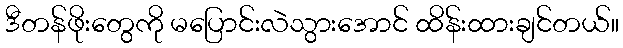
ဒီတန်ဖိုးတွေကို မပြောင်းလဲသွားအောင် ထိန်းထားချင်တယ်။